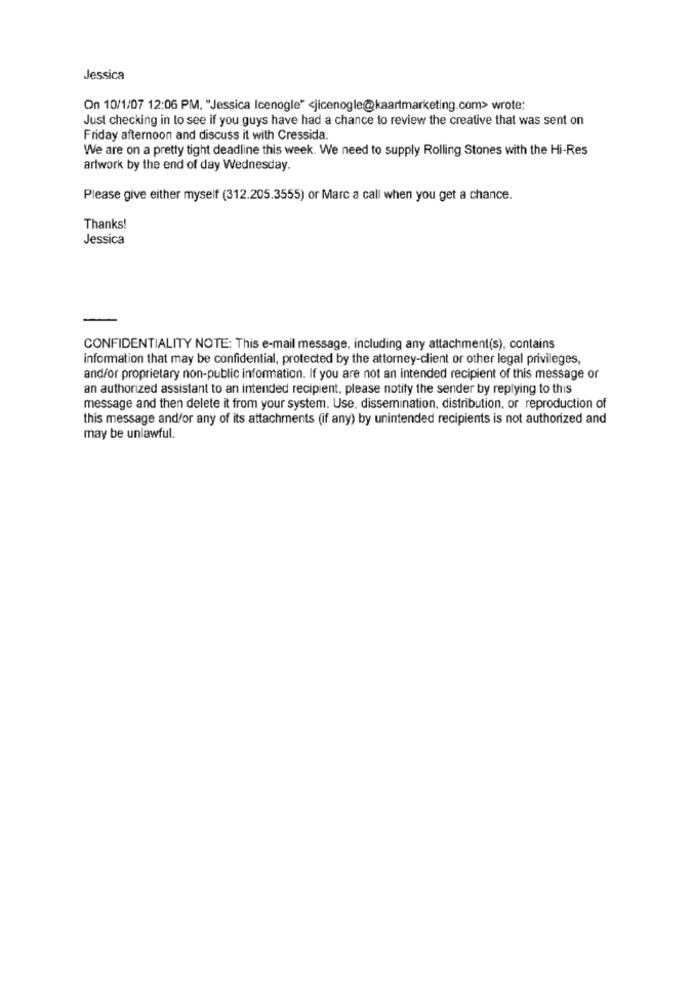
Jessica
On 10/1/07 12:06 PM. "Jessica Icenogle" <jicenogle@kaartmarketing.com> wrote:
Just checking in to see if you guys have had a chance to review the creative that was sent on
Friday afternoon and discuss it with Cressida.
We are on a pretty tight deadline this week. We need to supply Rolling Stones with the Hi-Res
artwork by the end of day Wednesday.
Please give either myself (312.205.3555) or Marc a call when you get a chance.
Thanks!
Jessica
CONFIDENTIALITY NOTE: This e-mail message, including any attachment(s), contains
information that may be confidential, protected by the attorney-client or other legal privileges,
and/or proprietary non-public information. If you are not an intended recipient of this message or
an authorized assistant to an intended recipient, please notify the sender by replying to this
message and then delete it from your system. Use, dissemination, distribution, or reproduction of
this message andfor any of its attachments (if any) by unintended recipients is not authorized and
may be unlawful.